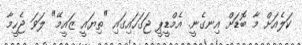
ކަލެއަށް މާ ބޮޑަށް އިނގެނީ. އެމްޑީޕީ ޖަގަހައިގައި "ތިޔައީ ޒައީމޭ" ލަވަ ޖެހީމާ